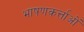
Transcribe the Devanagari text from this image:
भाषणकर्त्ताओं